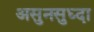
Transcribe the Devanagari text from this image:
असुनसुध्दा